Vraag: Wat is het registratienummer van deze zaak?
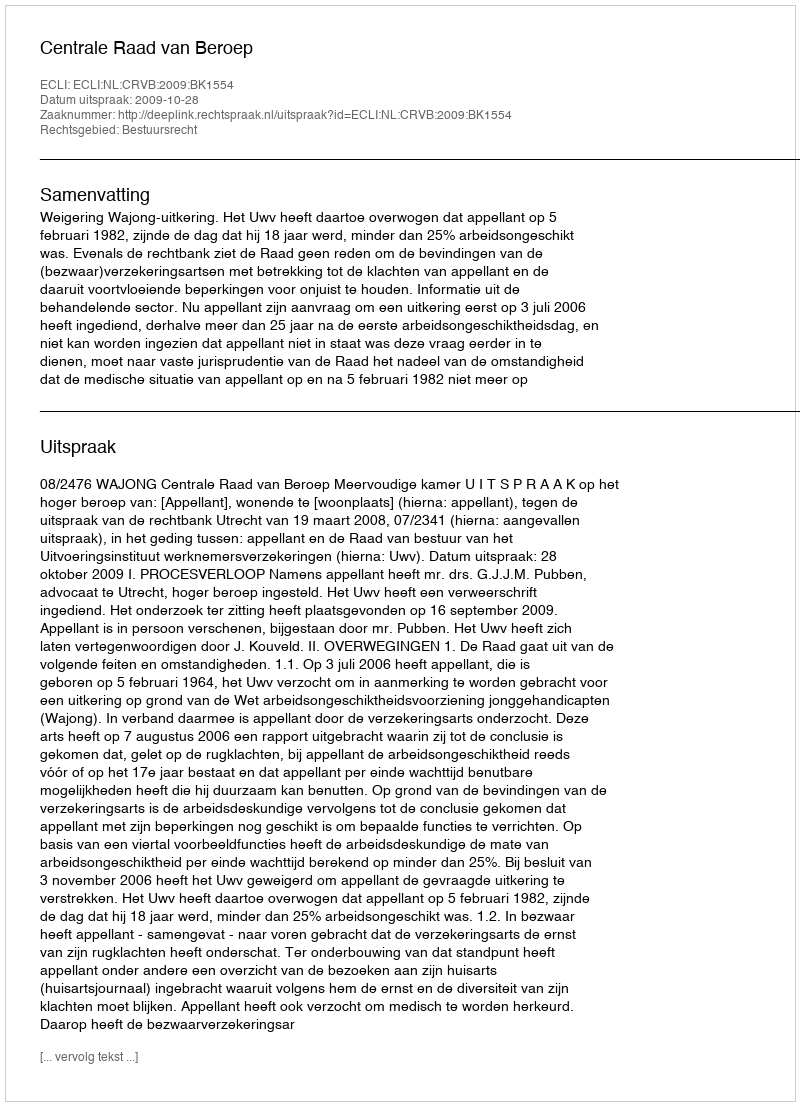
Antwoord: http://deeplink.rechtspraak.nl/uitspraak?id=ECLI:NL:CRVB:2009:BK1554